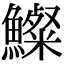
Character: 𩼇